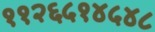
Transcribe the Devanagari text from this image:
११२६५१४५४८